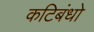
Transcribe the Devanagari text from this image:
कटिबंधो